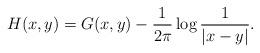
LaTeX: \begin{align*}H(x,y)=G(x,y)-\frac{1}{2\pi}\log\frac{1}{|x-y|}. \end{align*}